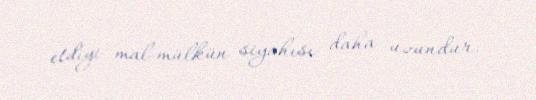
etdiyi mal-mülkün siyahısı daha uzundur.